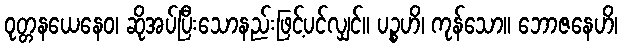
ဝုတ္တနယေနေဝ၊ ဆိုအပ်ပြီးသောနည်းဖြင့်ပင်လျှင်။ ပဉ္စဟိ၊ ကုန်သော။ ဘောဇနေဟိ၊